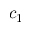
c _ { 1 }